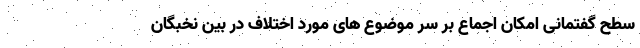
سطح گفتمانی امکان اجماع بر سر موضوع های مورد اختلاف در بین نخبگان